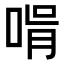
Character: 𠵭